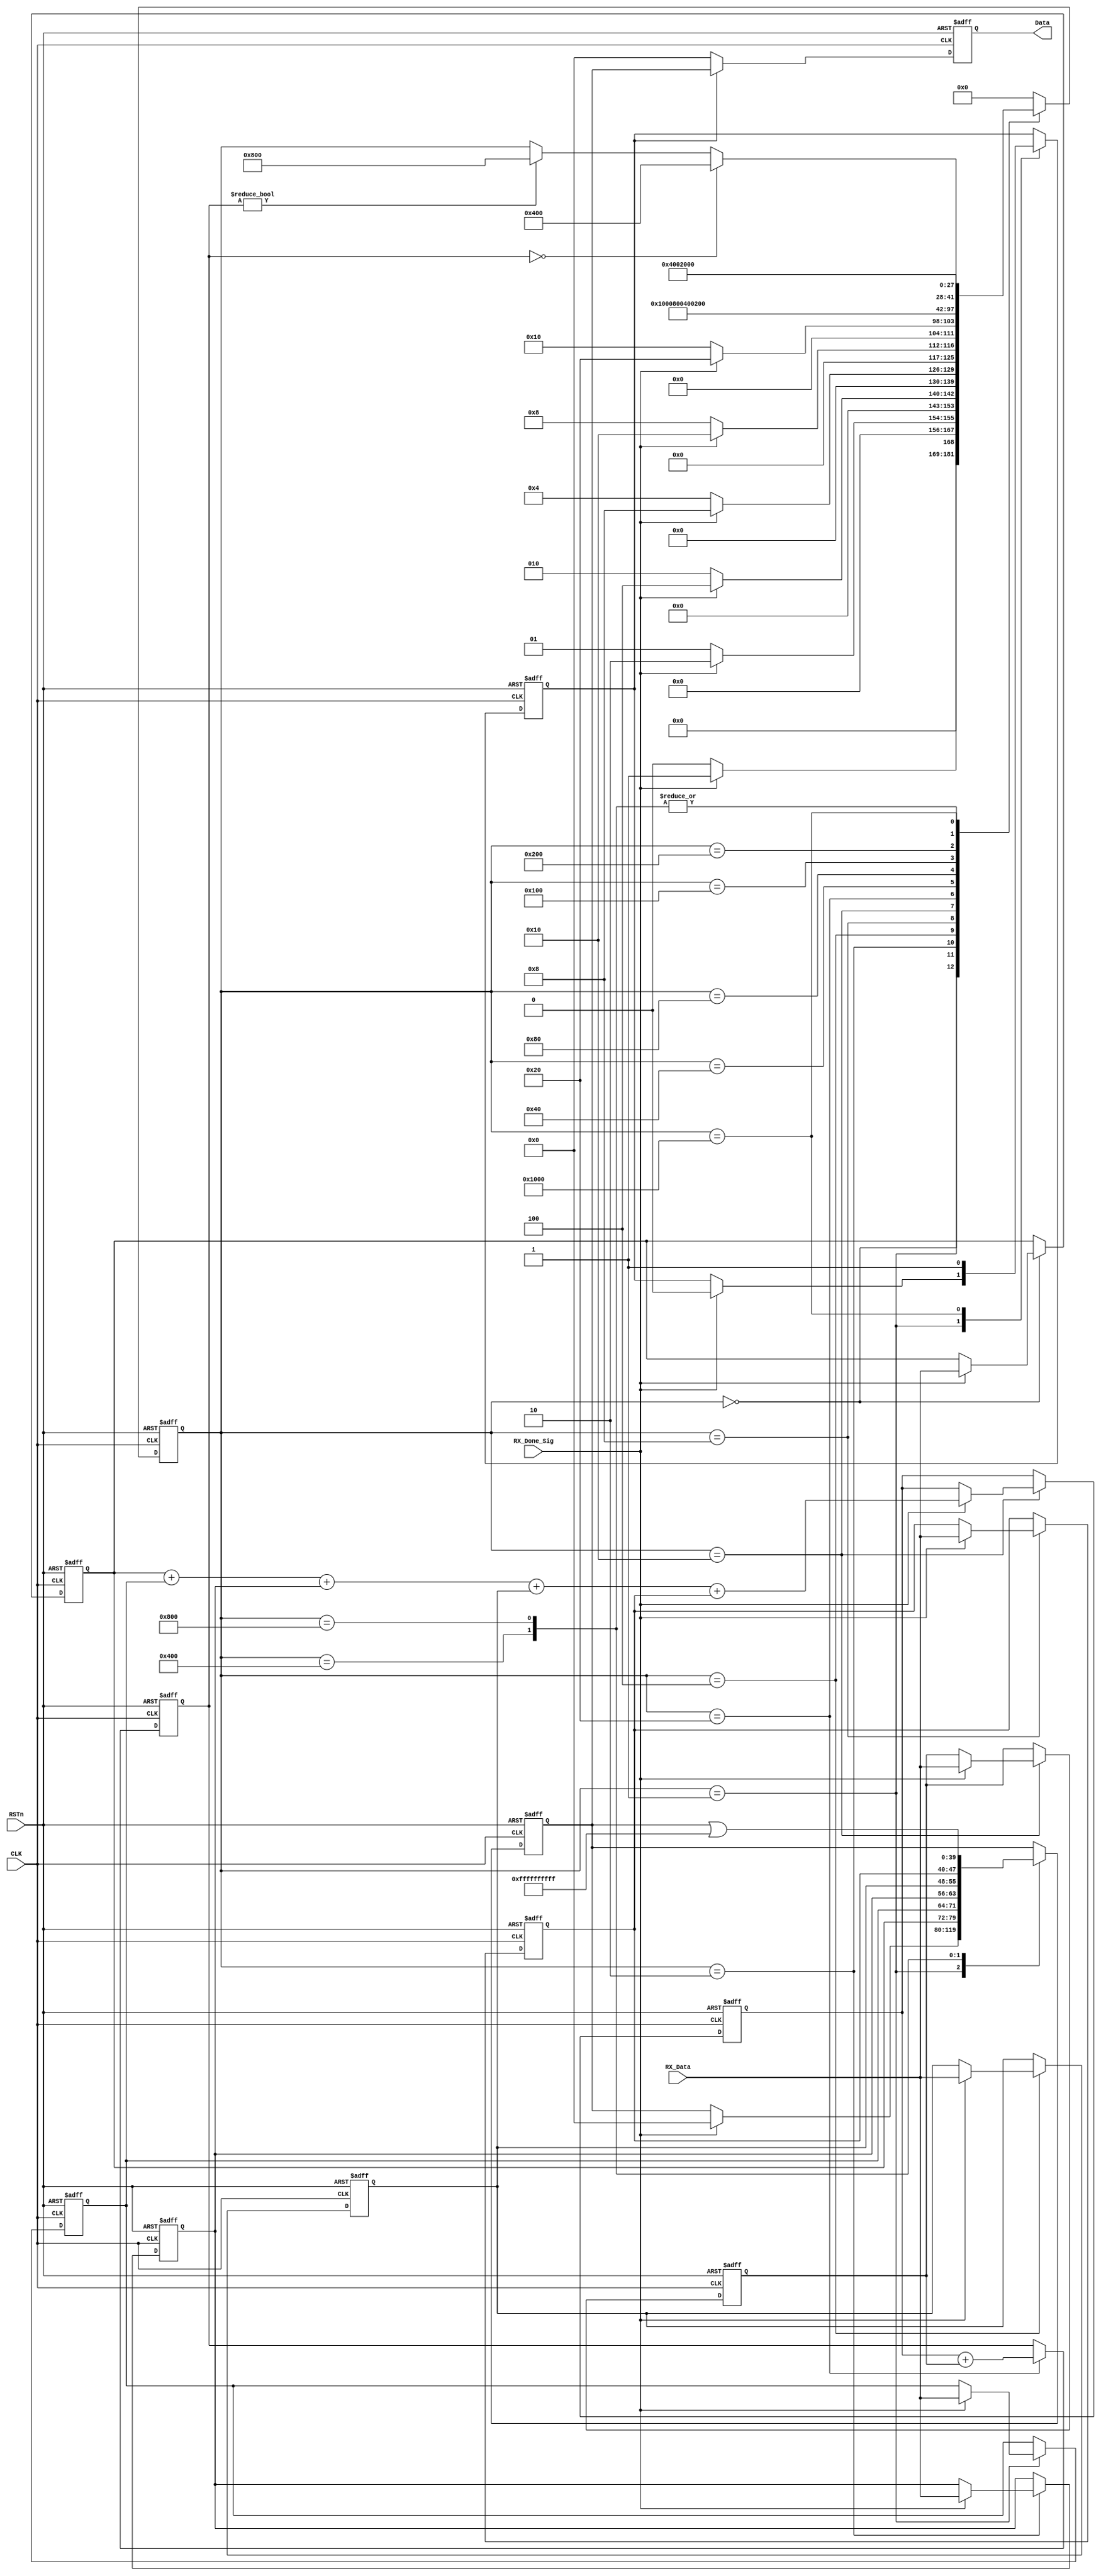
module store2checksum(CLK,RSTn,RX_Done_Sig,RX_Data,Data);
input CLK,RSTn;
input RX_Done_Sig;
input[7:0]RX_Data;


output [39:0]Data;


parameter S0=14'b00000000000000,S1=14'b00000000000001,S2=14'b00000000000010,S3=14'b00000000000100,
			 S4=14'b00000000001000,S5=14'b00000000010000,S6=14'b00000000100000,S7=14'b00000001000000,
			 S8=14'b00000010000000,S9=14'b00000100000000,S10=14'b00001000000000,S11=14'b00010000000000,S12=14'b00100000000000,S13=14'b01000000000000,S14=14'b10000000000000;

reg [13:0]Cstate;

reg [7:0]R1,R2,R3,R4,R5;
reg [7:0]R6;

reg [39:0]Data_R;
reg [7:0]Sum;
reg[7:0]Checksum;

//CRCDataFFFFFFFFFFFFFFFF
	  
reg Data_Lock;

always@(posedge CLK or negedge RSTn)
if(!RSTn)
begin
	R1<=8'd0;
	R2<=8'd0;
	R3<=8'd0;
	R4<=8'd0;
	R5<=8'd0;
	R6<=8'd0;
	Data_R<=40'd0;
	Cstate<=S0;
	Sum<=8'd0;
	Checksum<=8'd0;
	Data_Lock<=1'b0;
end
else 
	case(Cstate)
	S0:	if(RX_Done_Sig) begin R1<=RX_Data; Cstate<=S1; end else Cstate<=S0;
	S1:	if(RX_Done_Sig) begin R2<=RX_Data; Cstate<=S2;Data_R<=40'h0;Data_Lock<=1'b0; end else Cstate<=S1;
	S2:	if(RX_Done_Sig) begin R3<=RX_Data; Cstate<=S3; end else Cstate<=S2;
	S3:	if(RX_Done_Sig) begin R4<=RX_Data; Cstate<=S4; end else Cstate<=S3;
	S4:	if(RX_Done_Sig) begin R5<=RX_Data; Cstate<=S5; end else Cstate<=S4;
	S5:	if(RX_Done_Sig) begin R6<=RX_Data; Sum<=R1+R2+R3+R4+R5;Cstate<=S6; end else Cstate<=S5;
	S6:   begin Checksum<=Sum+R6;Cstate<=S7; end
	S7:   Cstate<=S8; 
	S8:   Cstate<=S9;
	S9:   Cstate<=S10;
	S10:  if(Checksum==8'd0)  Cstate<=S11; else if(Checksum!=8'd0)  Cstate<=S12; 
	S11:  begin Data_R<={R1,R2,R3,R4,R5}; Cstate<=S13;end
	S12:  begin Data_R<=Data_R|40'hffffffffff; Cstate<=S13;end
	S13:  begin Data_Lock<=1'b1; Cstate<=S14; end
	S14:  begin Cstate<=S0;end
	default: begin Cstate<=S0; end
	endcase

reg[39:0]Data_RR;	
	
always@(posedge CLK or negedge RSTn)
if(!RSTn)
Data_RR<=40'd0;
else if(Data_Lock==1'b1)
Data_RR<=Data_R;
else
Data_RR<=40'h0;


assign Data=Data_RR;



  

endmodule